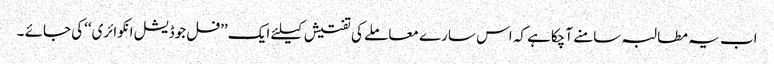
اب یہ مطالبہ سامنے آچکاہے کہ اس سارے معاملے کی تفتیش کیلئے ایک ’’فل جوڈیشل انکوائری‘‘کی جائے ۔